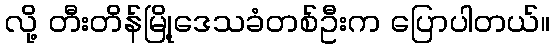
လို့ တီးတိန်မြို့ဒေသခံတစ်ဦးက ပြောပါတယ်။